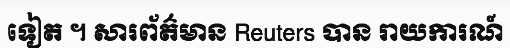
ទៀត ។ សារព័ត៌មាន Reuters បាន រាយការណ៍